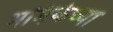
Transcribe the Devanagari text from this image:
भमिकेच्या